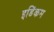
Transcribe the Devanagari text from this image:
इडिंकम